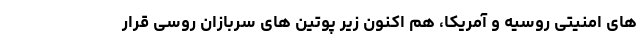
های امنیتی روسیه و آمریکا، هم اکنون زیر پوتین های سربازان روسی قرار